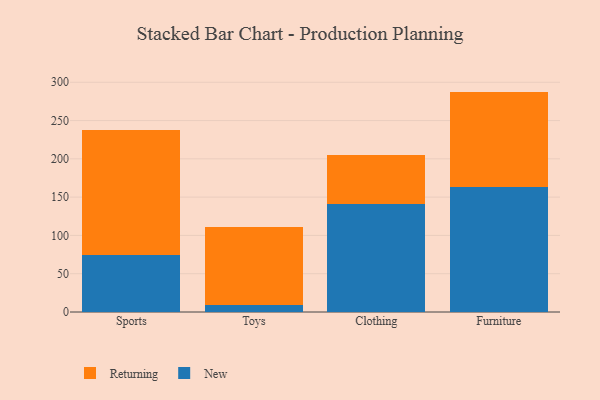
{"axis": {"x": "Category", "y": "Tickets Resolved"}, "legend": ["New", "Returning"], "data": [{"x": "Sports", "y": 74.7, "type": "New"}, {"x": "Sports", "y": 163.6, "type": "Returning"}, {"x": "Toys", "y": 8.7, "type": "New"}, {"x": "Toys", "y": 102.0, "type": "Returning"}, {"x": "Clothing", "y": 140.7, "type": "New"}, {"x": "Clothing", "y": 64.6, "type": "Returning"}, {"x": "Furniture", "y": 163.8, "type": "New"}, {"x": "Furniture", "y": 124.0, "type": "Returning"}]}